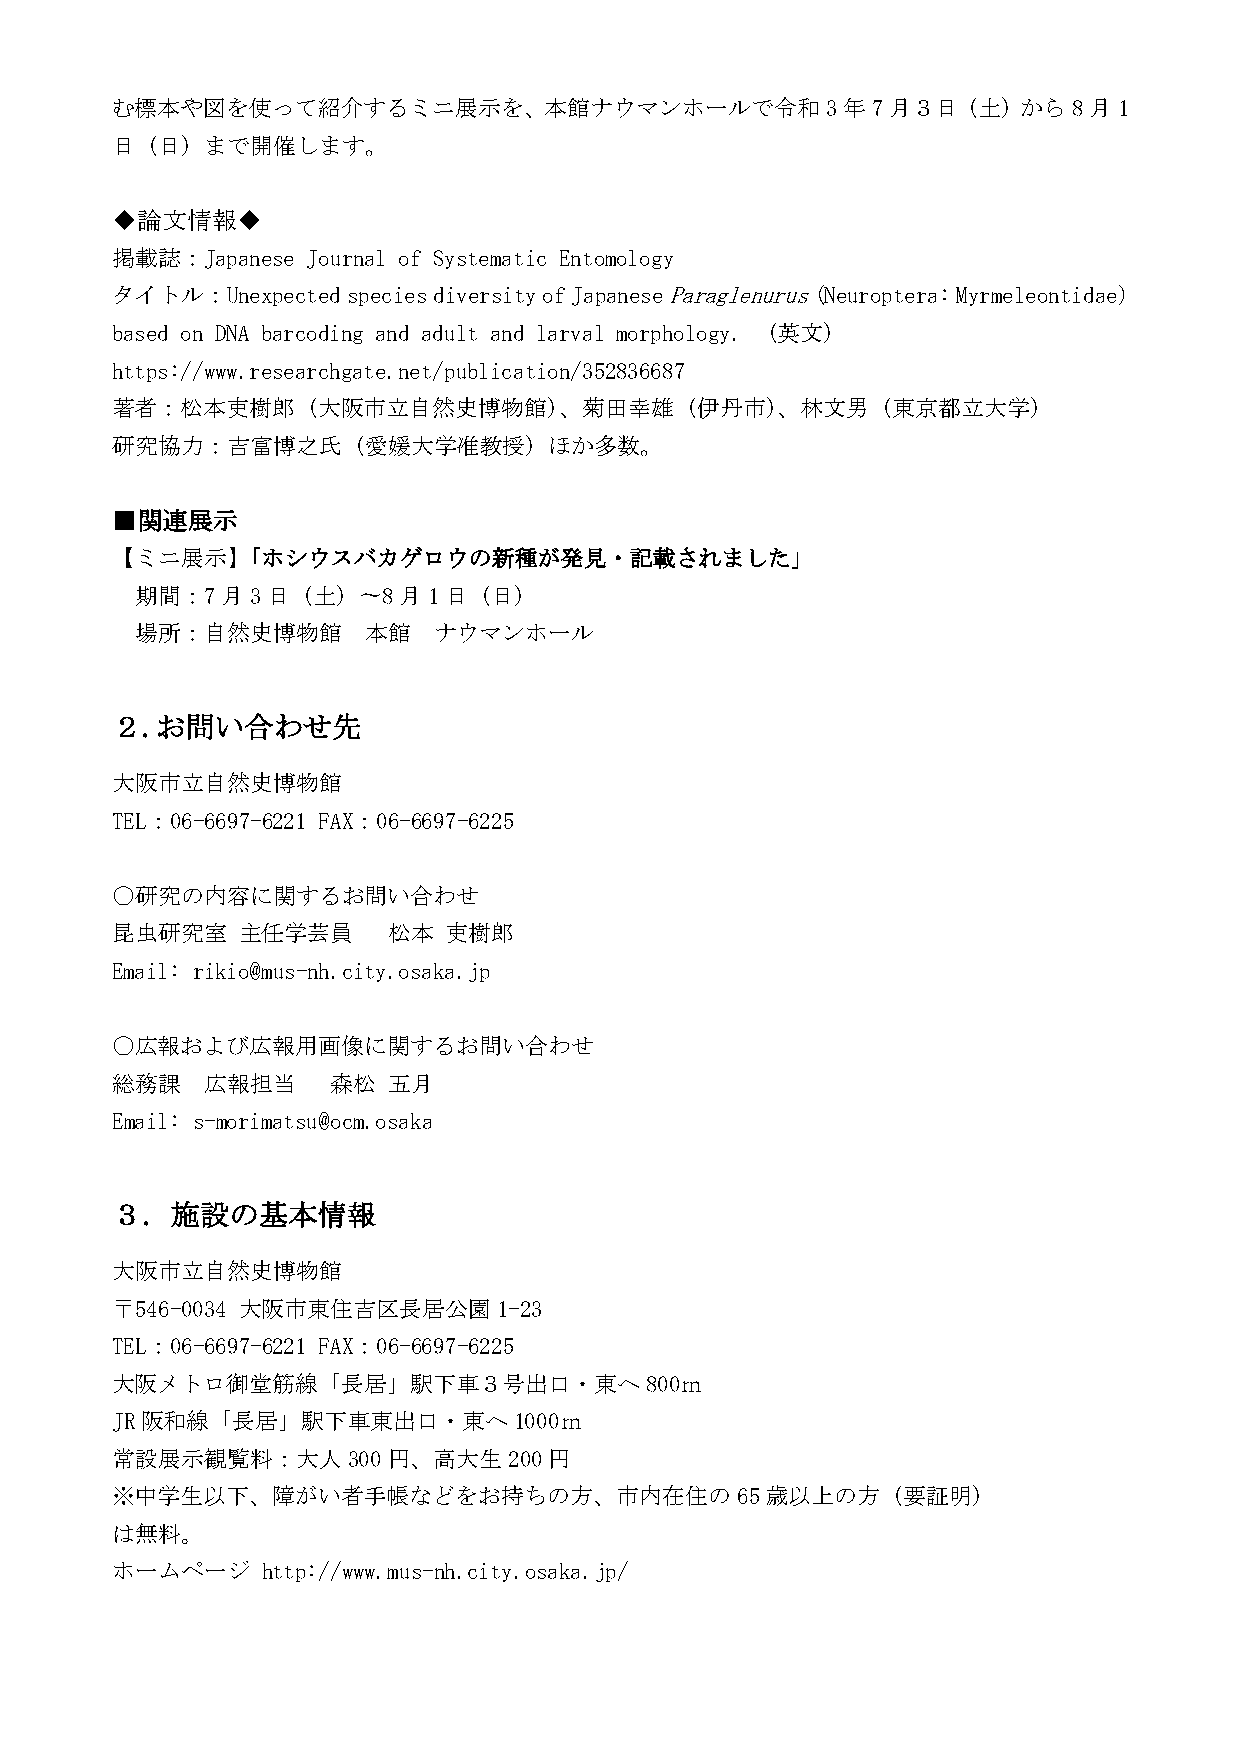
む標本や図を使って紹介するミニ展示を、本館ナウマンホールで令和3年7月３日（土）から8月1
 日（日）まで開催します。
 ◆論文情報◆
 掲載誌：Japanese Journal of Systematic Entomology
 タイトル：Unexpected species diversity of Japanese Paraglenurus (Neuroptera: Myrmeleontidae)
 based on DNA barcoding and adult and larval morphology. （英文）
 https://www.researchgate.net/publication/352836687
 著者：松本吏樹郎（大阪市立自然史博物館）、菊田幸雄（伊丹市）、林文男（東京都立大学）
 研究協力：吉富博之氏（愛媛大学准教授）ほか多数。
 ■関連展示
 【ミニ展示】「ホシウスバカゲロウの新種が発見・記載されました」
 期間：7月3日（土）〜8月1日（日）
 場所：自然史博物館      本館   ナウマンホール
 ２.お問い合わせ先
 大阪市立自然史博物館
 TEL：06-6697-6221 FAX：06-6697-6225
 〇研究の内容に関するお問い合わせ
 昆虫研究室    主任学芸員     松本 吏樹郎
 Email: rikio@mus-nh.city.osaka.jp
 〇広報および広報用画像に関するお問い合わせ
 総務課    広報担当    森松  五月
 Email: s-morimatsu@ocm.osaka
 ３．施設の基本情報
 大阪市立自然史博物館
 〒546-0034 大阪市東住吉区長居公園1-23
 TEL：06-6697-6221 FAX：06-6697-6225
 大阪メトロ御堂筋線「長居」駅下車３号出口・東へ800ｍ
 JR阪和線「長居」駅下車東出口・東へ1000ｍ
 常設展示観覧料：大人300円、高大生200円
 ※中学生以下、障がい者手帳などをお持ちの方、市内在住の65歳以上の方（要証明）
 は無料。
 ホームページ    http://www.mus-nh.city.osaka.jp/